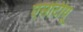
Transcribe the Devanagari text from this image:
एसीटीयू